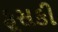
ફૂસકી